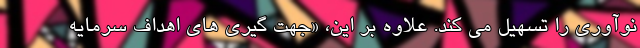
نوآوری را تسهیل می کند. علاوه بر این، «جهت گیری های اهداف سرمایه‌